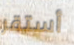
أستقر